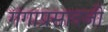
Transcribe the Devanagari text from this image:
गंगाप्रसादजी